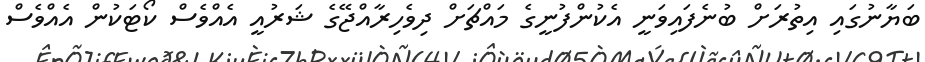
ބަޔާނުގައި އިތުރަށް ބުނެފައިވަނީ އެކުންފުނީގެ މައްޗަށް ދިވެހިރާއްޖޭގެ ޝަރުއީ އެއްވެސް ކޯޓަކުން އެއްވެސް